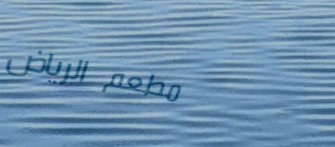
مطعم الرياض